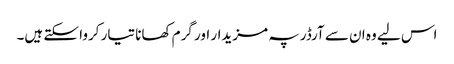
اس لیے وہ ان سے آرڈر پہ مزیدار اور گرم کھانا تیار کروا سکتے ہیں۔